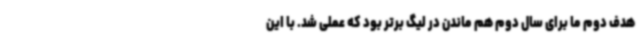
هدف دوم ما برای سال دوم هم ماندن در لیگ برتر بود که عملی شد. با این